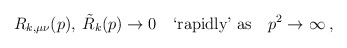
\begin{align*}R_{k,\mu\nu}(p),\: \tilde{R}_k(p) \to 0 \quad\mbox{`rapidly' as}\quad p^2 \to \infty \:, \end{align*}